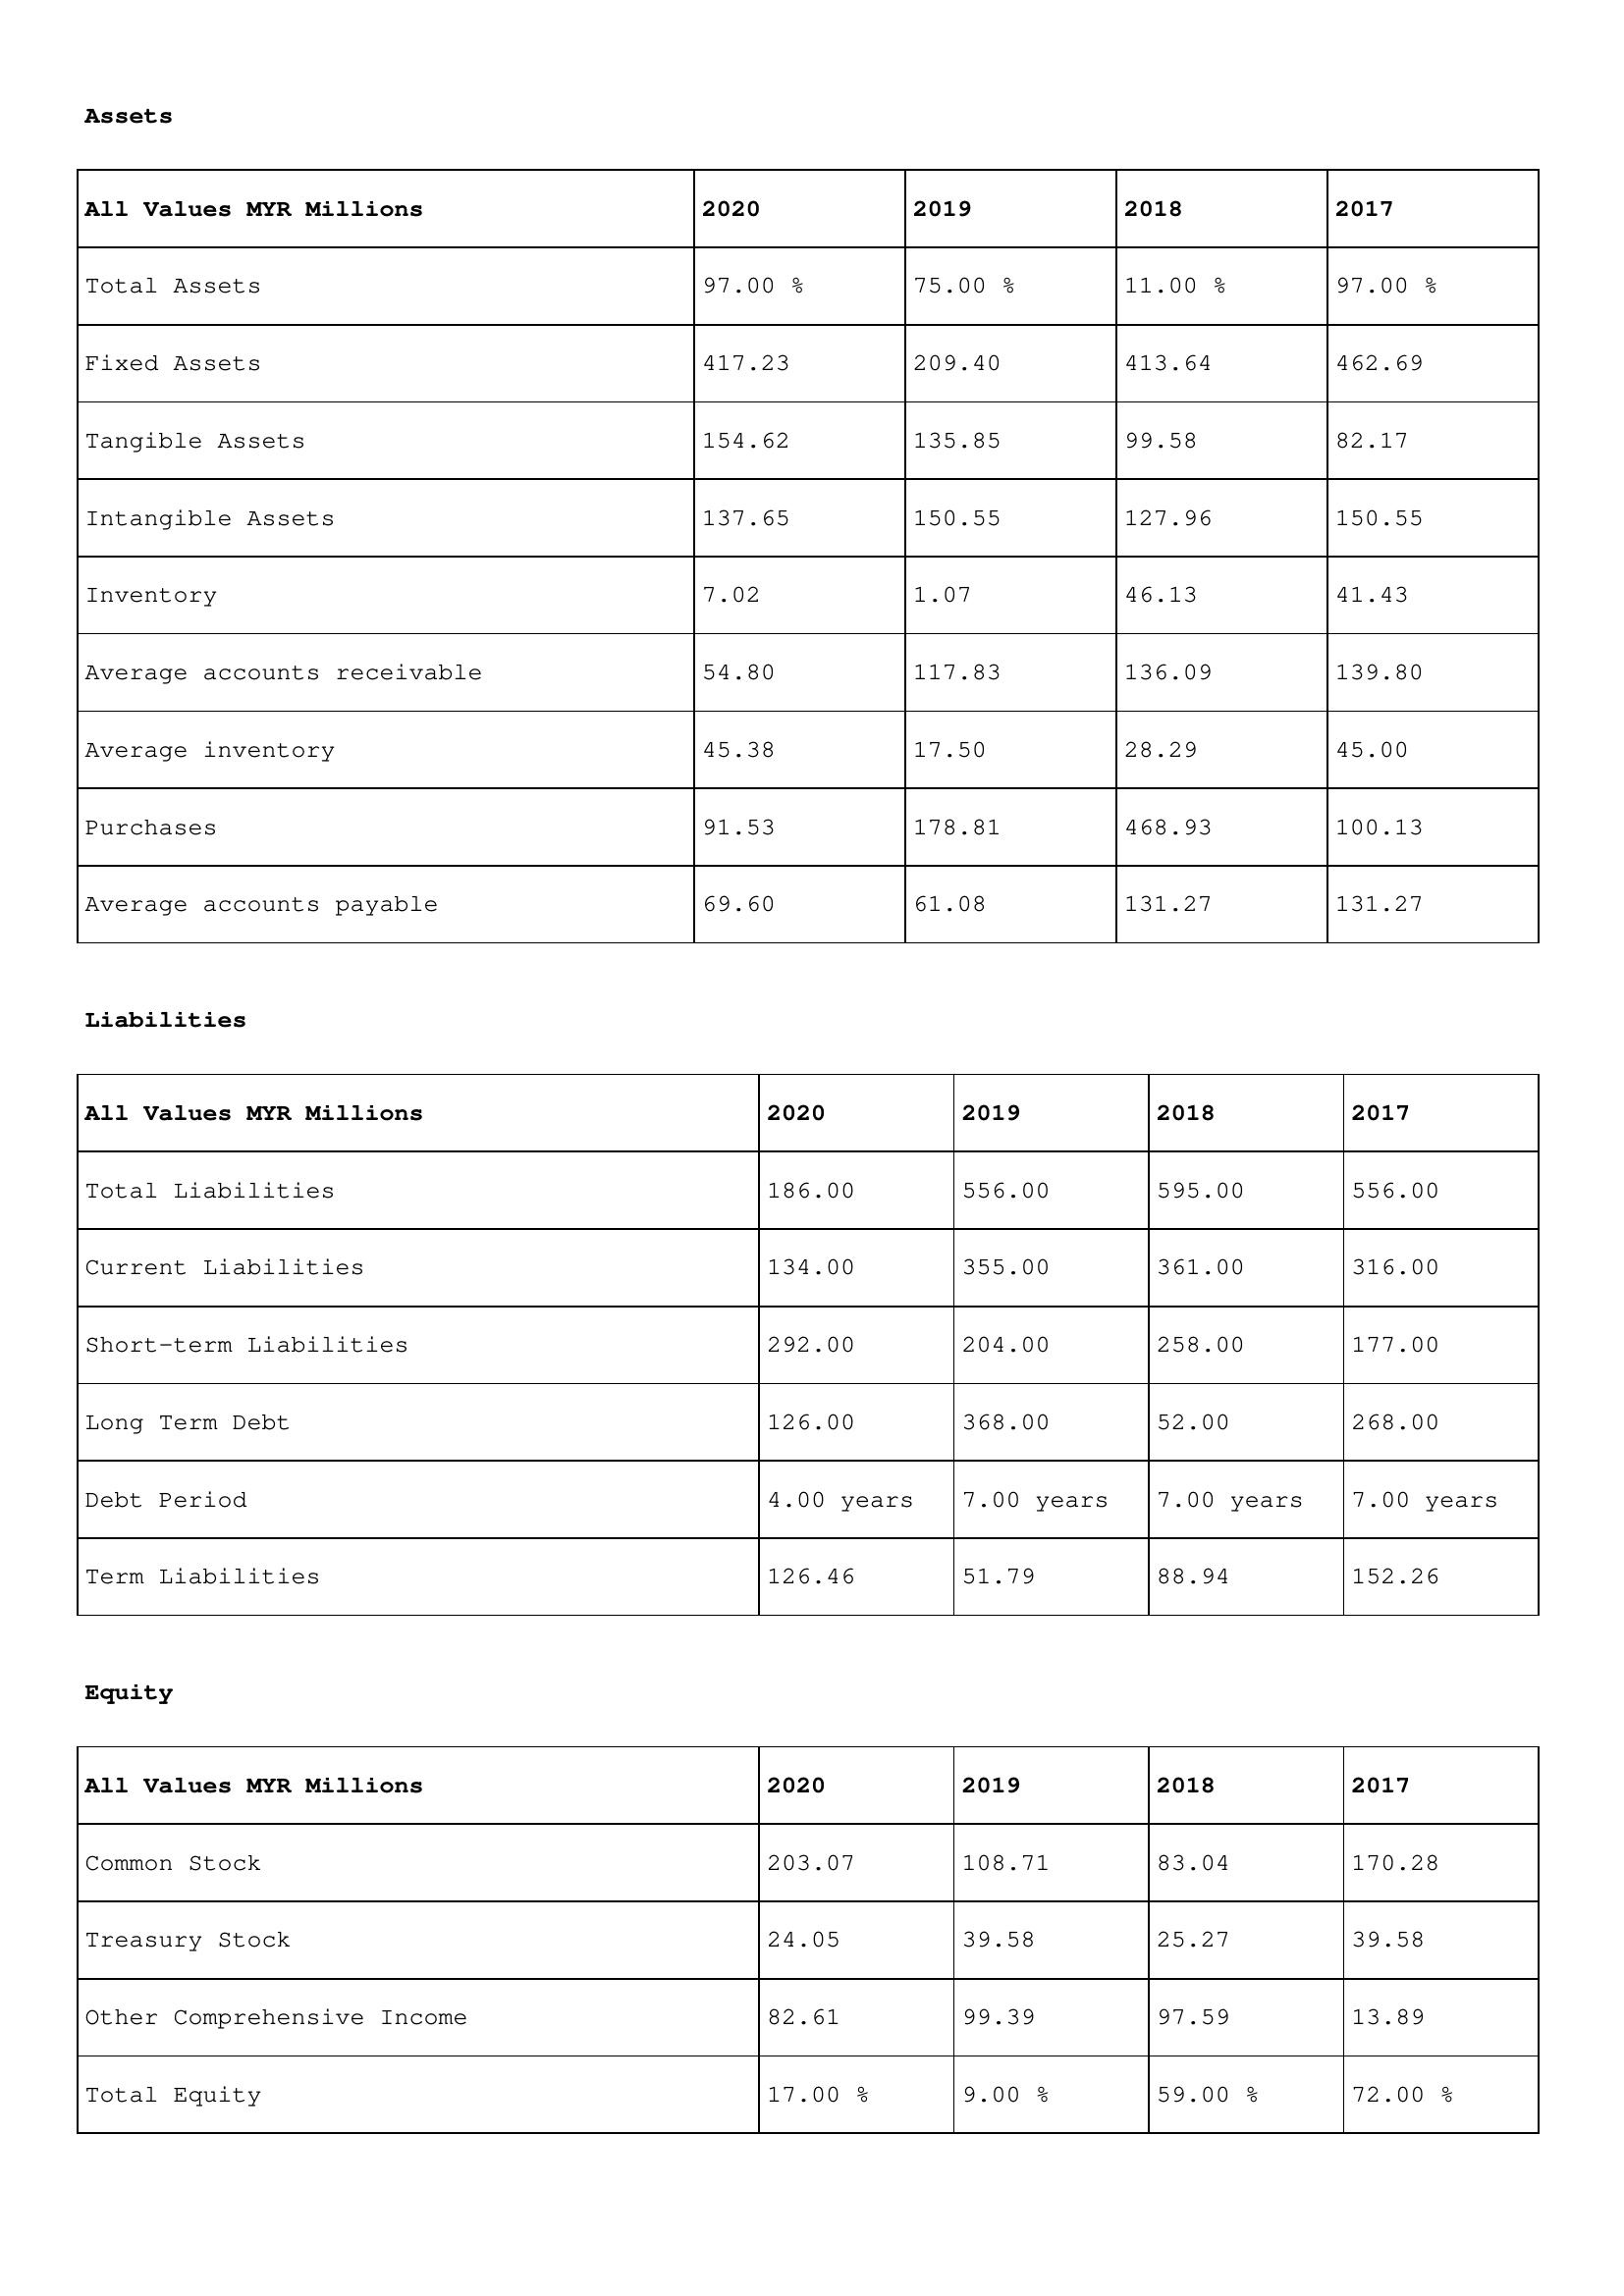
gt_parse: 2020: Assets: Total Assets: 97.00 %
Fixed Assets: 417.23
Tangible Assets: 154.62
Intangible Assets: 137.65
Inventory: 7.02
Average accounts receivable: 54.80
Average inventory: 45.38
Purchases: 91.53
Average accounts payable: 69.60
Liabilities: Total Liabilities: 186.00
Current Liabilities: 134.00
Short-term Liabilities: 292.00
Long Term Debt: 126.00
Debt Period: 4.00 years
Term Liabilities: 126.46
Equity: Common Stock: 203.07
Treasury Stock: 24.05
Other Comprehensive Income: 82.61
Total Equity: 17.00 %
2019: Assets: Total Assets: 75.00 %
Fixed Assets: 209.40
Tangible Assets: 135.85
Intangible Assets: 150.55
Inventory: 1.07
Average accounts receivable: 117.83
Average inventory: 17.50
Purchases: 178.81
Average accounts payable: 61.08
Liabilities: Total Liabilities: 556.00
Current Liabilities: 355.00
Short-term Liabilities: 204.00
Long Term Debt: 368.00
Debt Period: 7.00 years
Term Liabilities: 51.79
Equity: Common Stock: 108.71
Treasury Stock: 39.58
Other Comprehensive Income: 99.39
Total Equity: 9.00 %
2018: Assets: Total Assets: 11.00 %
Fixed Assets: 413.64
Tangible Assets: 99.58
Intangible Assets: 127.96
Inventory: 46.13
Average accounts receivable: 136.09
Average inventory: 28.29
Purchases: 468.93
Average accounts payable: 131.27
Liabilities: Total Liabilities: 595.00
Current Liabilities: 361.00
Short-term Liabilities: 258.00
Long Term Debt: 52.00
Debt Period: 7.00 years
Term Liabilities: 88.94
Equity: Common Stock: 83.04
Treasury Stock: 25.27
Other Comprehensive Income: 97.59
Total Equity: 59.00 %
2017: Assets: Total Assets: 97.00 %
Fixed Assets: 462.69
Tangible Assets: 82.17
Intangible Assets: 150.55
Inventory: 41.43
Average accounts receivable: 139.80
Average inventory: 45.00
Purchases: 100.13
Average accounts payable: 131.27
Liabilities: Total Liabilities: 556.00
Current Liabilities: 316.00
Short-term Liabilities: 177.00
Long Term Debt: 268.00
Debt Period: 7.00 years
Term Liabilities: 152.26
Equity: Common Stock: 170.28
Treasury Stock: 39.58
Other Comprehensive Income: 13.89
Total Equity: 72.00 %